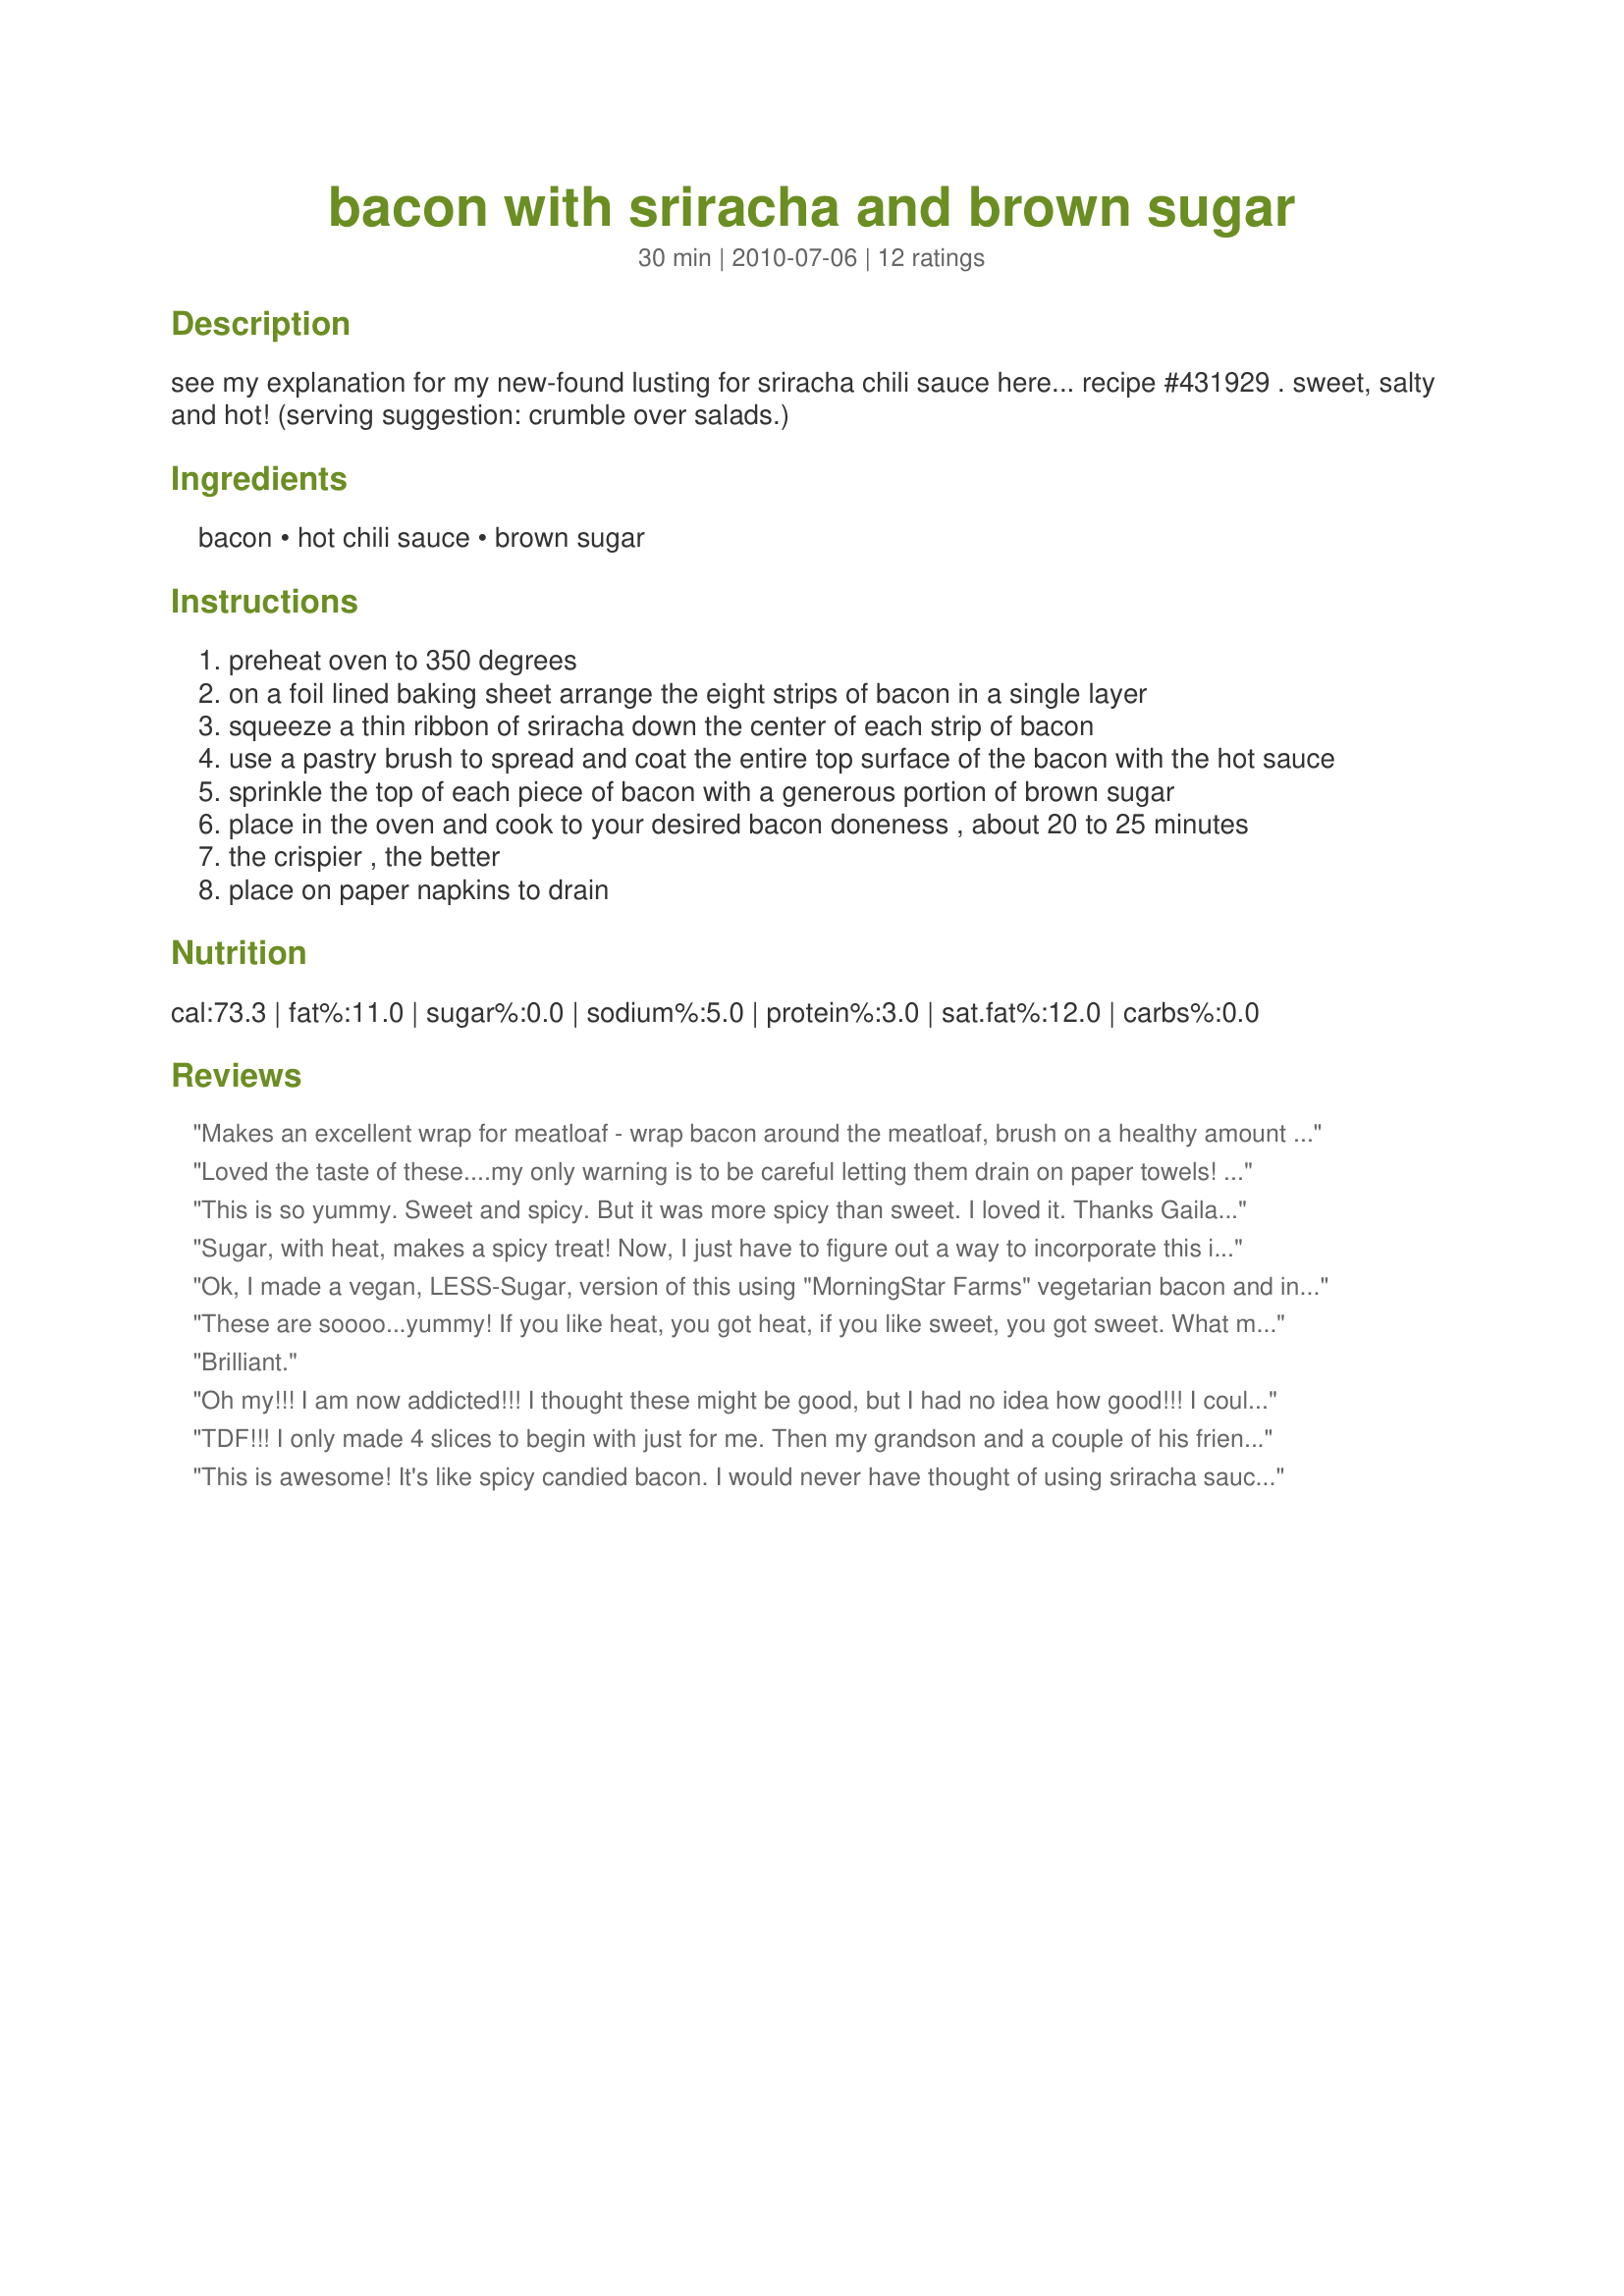
bacon with sriracha and brown sugar
Preparation time: 30 minutes

see my explanation for my new-found lusting for sriracha chili sauce here... recipe #431929 . sweet, salty and hot! (serving suggestion: crumble over salads.)

Ingredients:
bacon, hot chili sauce, brown sugar

Steps:
preheat oven to 350 degrees
on a foil lined baking sheet arrange the eight strips of bacon in a single layer
squeeze a thin ribbon of sriracha down the center of each strip of bacon
use a pastry brush to spread and coat the entire top surface of the bacon with the hot sauce
sprinkle the top of each piece of bacon with a generous portion of brown sugar
place in the oven and cook to your desired bacon doneness , about 20 to 25 minutes
the crispier , the better
place on paper napkins to drain

Reviews:
Makes an excellent wrap for meatloaf - wrap bacon around the meatloaf, brush on a healthy amount of sriracha, dust with brown sugar, and bake as normal. Broiling for a couple minutes when done baking crisps it up nicely.
Loved the taste of these....my only warning is to be careful letting them drain on paper towels! The sugar makes the paper towel stick to the bacon. I had to peel the paper towels off. But these are absolutely delicious....slap my face and go ahead and eat all that fat yummy!
This is so yummy. Sweet and spicy. But it was more spicy than sweet. I loved it. Thanks Gailanng :) Made for Potluck tag game
Sugar, with heat, makes a spicy treat! Now, I just have to figure out a way to incorporate this into ALL my meals...I get it, for sandwiches and crumbled on a salad, but, I WANT MORE! My first time with sriracha and the flavor is unique, and it does pack a little 'heat punch!' I used a thick bacon and cooked for approximately 20 minutes and it could have gone for a couple of minutes longer, to be really crunchy. The way I did it is wonderful, if it must be re-heated. I also laid the bacon on the paper towel, QUICKLY removing them, so some of the grease was absorbed, but, the sugar didn't stick! Be sure to use plenty of cooking spray (or parchment paper) and don't let the pan cool off....makes quite a 'sticky' mess. Thanks so much for sharing your delicious creation, Gailann!
Ok, I made a vegan, LESS-Sugar, version of this using "MorningStar Farms" vegetarian bacon and instead of sugar of any kind, I used: Cinnamon! (cinnamon is essential in balancing blood-sugar spikes and is loaded with anti-oxidants) I used the Cinnamon on half (just in case it wasn't a great combination) and the other half with just the Chili sauce. Plus, this was my first time making "fac'n bac'n" in the oven. Usually I do it on the stove top a few minutes on each side or in the microwave. I was a little scared at the time 20-25 minutes, but you know.... I don't think I'm going to make it any other way. The vegetarian bacon doesn't really get crispy on the stove top or microwave, and I just accepted that was the compromise I was making by going meatless. Never occured to me to put it in the oven! And don't get be started on the sriracha sauce! If you know me, you know I'm going through a bottle of hot sauce and about 2 jars of cayenne pepper a week and I put it on everything because capsascin is great for your cirsulation. I did cut the Sriracha with chili powder, red pepper flakes, cayenne, a little vinegar (just enough to lubricate everything) and some garlic powder, just because there's a LOT of sugar in store bought Sriracha, and I wanted the taste and the heat minus the sugar. The combination of Sriracha, the veggie bacon and Cinnamon was terrific! There's enough sugar in Sriracha sauce that it's reduntant to add any more. I figured cinnamon would be a good option to offset the little sugar I'd be getting from the Sriracha sauce. It was a delish treat, but not something I can indulge in everyday.
These are soooo...yummy! If you like heat, you got heat, if you like sweet, you got sweet. What more can you ask for. So easy to throw together. Loved them on a salad. I'm going to use them on my next BLT sandwich. Can't wait. Thanks for posting. :)
Brilliant.
Oh my!!! I am now addicted!!! I thought these might be good, but I had no idea how good!!! I could eat this all by myself!
TDF!!! I only made 4 slices to begin with just for me. Then my grandson and a couple of his friends showed up. Bad news, lol. They ate all of it and loved it! Then I made another batch thinking that I would be alone that night. Wrong again, lol! And so....made a 3rd batch the next day. I was able to hide a couple of pieces to use in recipe #430880 which took this awesome dip to a higher level!!<br/>Oh gosh GailAnn, I now understand your love of sriracha! I'm searching and saving recipes as we speak!! Thanks so much for a simple awesome recipe that makes me look like a star! This will indeed be included in my Best of 2011 CB. Made for Best of 2010 Tag.
This is awesome! It's like spicy candied bacon. I would never have thought of using sriracha sauce on bacon, but this is soooooo good. I cooked up just a couple of slices to try it out the first time around, but I'll definitely be making this over and over again. (I did have to cook longer than directed, but my oven tends to run a little low on the heat.) Thanks for posting this!
Smoky, spicy, salty, sweet and delicious. Next time I&#039;ll bake it on a rack, I think it would help the bacon to crisp up a bit better. Thanks for sharing this tasty recipe.
GailAnn did it again! This is SOOOOO good! I really like sriracha chili sauce and this lets you enjoy a hint of heat or blow-your-head-off heat! I had mine somewhere in the middle! Made for PRMR recipe tag game. Thanks GailAnn! :)
